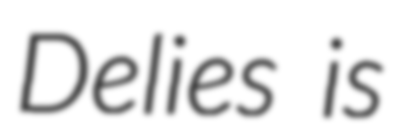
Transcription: Delies is